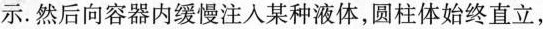
示。然后向容器内缓慢注入某种液体，圆柱体始终直立，